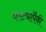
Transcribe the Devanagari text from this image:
घरट्यांपैकी